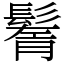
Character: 鬌